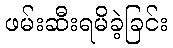
ဖမ်းဆီးရမိခဲ့ခြင်း